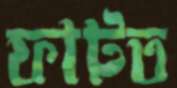
ফাটত